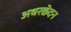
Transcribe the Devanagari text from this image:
अधरछेदन